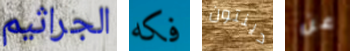
الجراثيم فكه دينتون عن